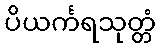
ပိယင်္ကရသုတ္တံ